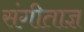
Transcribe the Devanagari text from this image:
संगीताज्ञ